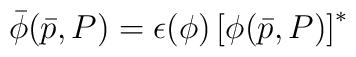
\bar{\phi} ( \bar{p},P ) = \epsilon (\phi) \left[ \phi(\bar{p},P) \right]^{*}